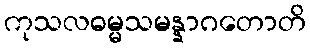
ကုသလဓမ္မသမန္နာဂတောတိ